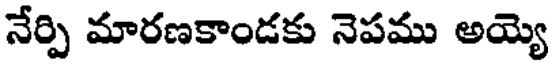
నేర్పి మారణకాండకు నెపము అయ్యె